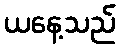
ယနေ့သည်